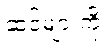
ဆင်များကို